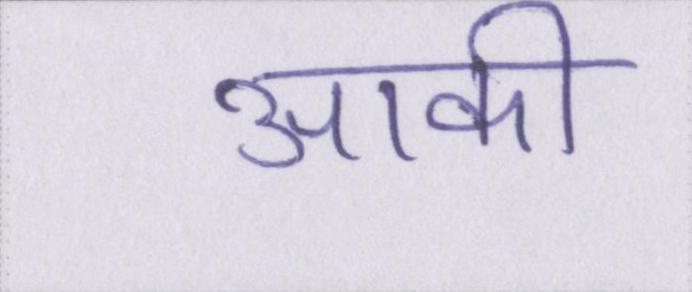
आकी